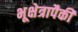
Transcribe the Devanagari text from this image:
भूक्षेत्रापैकी